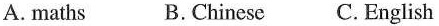
A.maths B.Chinese C.English